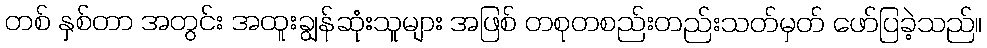
တစ် နှစ်တာ အတွင်း အထူးချွန်ဆုံးသူများ အဖြစ် တစုတစည်းတည်းသတ်မှတ် ဖော်ပြခဲ့သည်။